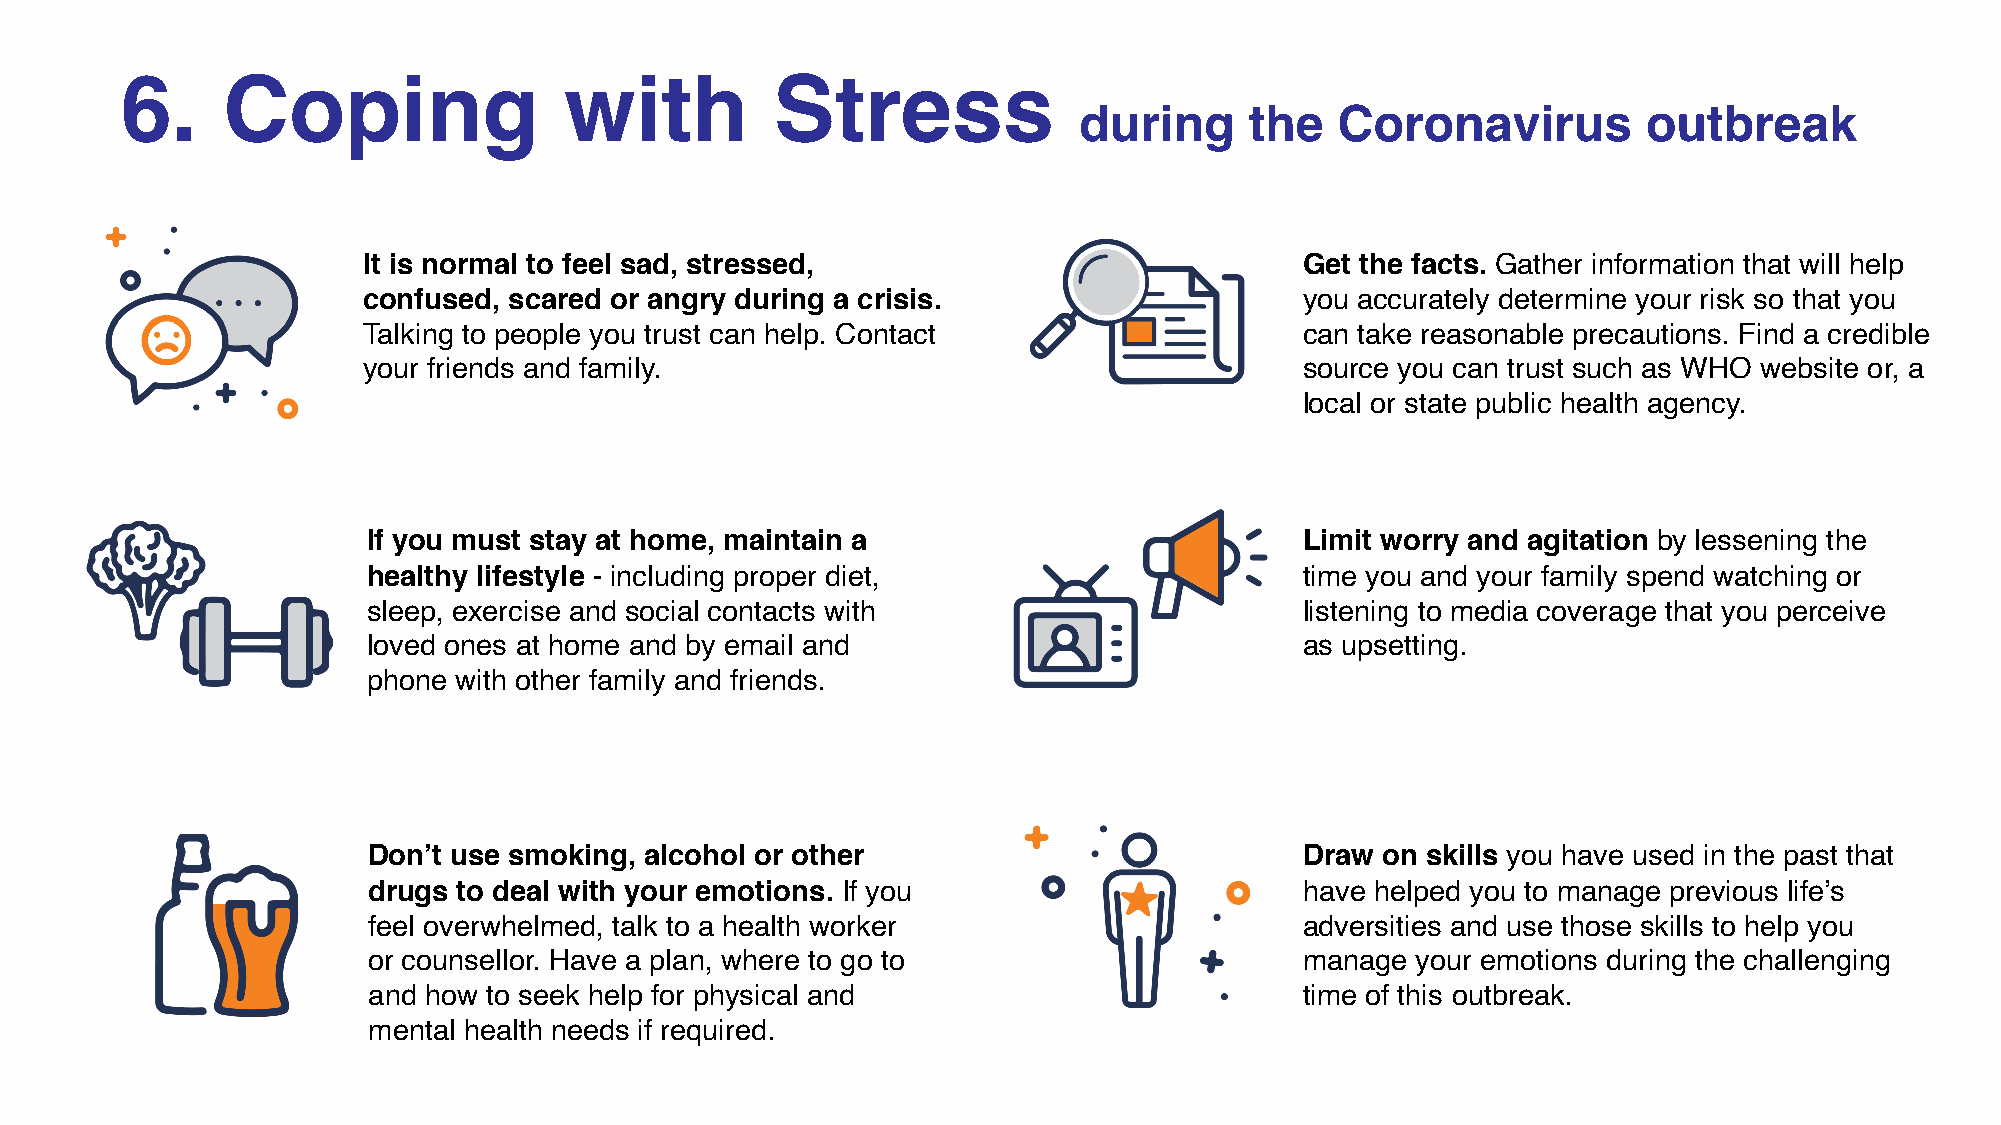
6.     Coping                with          Stress
 during      the   Coronavirus         outbreak
 It is normal to feel sad, stressed,                           Get the facts. Gather information that will help
 confused, scared or angry during a crisis.                    you accurately determine your risk so that you
 Talking to people you trust can help. Contact                 can take reasonable precautions. Find a credible
 your friends and family.                                      source you can trust such as WHO website or, a
 local or state public health agency.
 If you must stay at home, maintain a                          Limit worry and agitation by lessening the
 healthy lifestyle - including proper diet,                    time you and your family spend watching or
 sleep, exercise and social contacts with                      listening to media coverage that you perceive
 loved ones at home and by email and                           as upsetting.
 phone with other family and friends.
 Don’t use smoking, alcohol or other                           Draw on skills you have used in the past that
 drugs to deal with your emotions. If you                      have helped you to manage previous life’s
 feel overwhelmed, talk to a health worker                     adversities and use those skills to help you
 or counsellor. Have a plan, where to go to                    manage  your emotions during the challenging
 and how to seek help for physical and                         time of this outbreak.
 mental health needs if required.